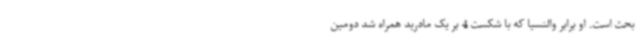
بحث است. او برابر والنسیا که با شکست 4 بر یک مادرید همراه شد دومین